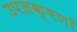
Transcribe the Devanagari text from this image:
उपलक्षणों